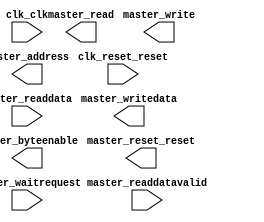
module hps_m (
		input  wire        clk_clk,              //          clk.clk
		input  wire        clk_reset_reset,      //    clk_reset.reset
		output wire        master_reset_reset,   // master_reset.reset
		output wire [31:0] master_address,       //       master.address
		input  wire [31:0] master_readdata,      //             .readdata
		output wire        master_read,          //             .read
		output wire        master_write,         //             .write
		output wire [31:0] master_writedata,     //             .writedata
		input  wire        master_waitrequest,   //             .waitrequest
		input  wire        master_readdatavalid, //             .readdatavalid
		output wire [3:0]  master_byteenable     //             .byteenable
	);
endmodule